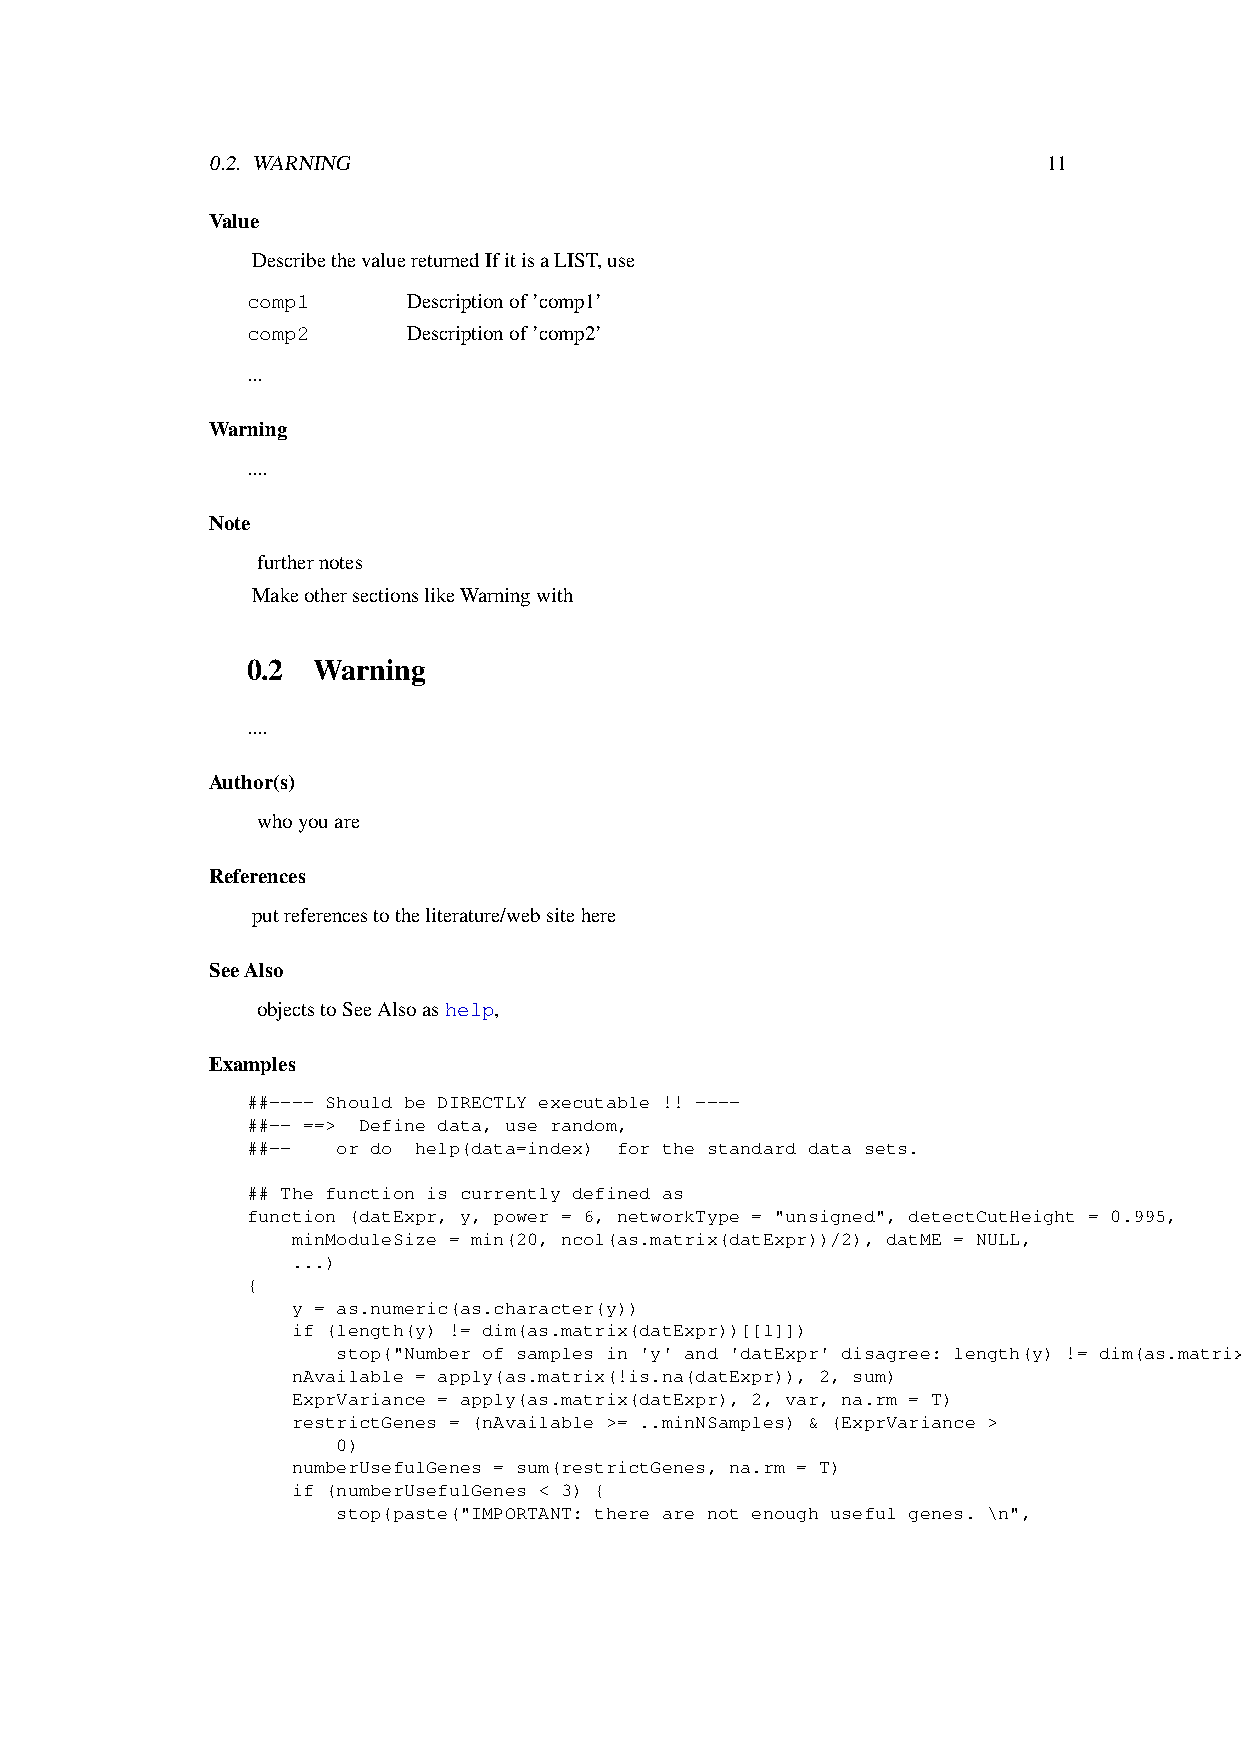
0.2. WARNING                                           11
 Value
 DescribethevaluereturnedIfitisaLIST,use
 comp1      Descriptionof’comp1’
 comp2      Descriptionof’comp2’
 ...
 Warning
 ....
 Note
 furthernotes
 MakeothersectionslikeWarningwith
 0.2  Warning
 ....
 Author(s)
 whoyouare
 References
 putreferencestotheliterature/websitehere
 SeeAlso
 objectstoSeeAlsoashelp,
 Examples
 ##---- Should be DIRECTLY executable !! ----
 ##-- ==> Define data, use random,
 ##--  or do help(data=index) for the standard data sets.
 ## The function is currently defined as
 function (datExpr, y, power = 6, networkType = "unsigned", detectCutHeight = 0.995,
 minModuleSize = min(20, ncol(as.matrix(datExpr))/2), datME = NULL,
 ...)
 {
 y = as.numeric(as.character(y))
 if (length(y) != dim(as.matrix(datExpr))[[1]])
 stop("Number of samples in 'y' and 'datExpr' disagree: length(y) != dim(as.matrix(datExpr))[[1]] ")
 nAvailable = apply(as.matrix(!is.na(datExpr)), 2, sum)
 ExprVariance = apply(as.matrix(datExpr), 2, var, na.rm = T)
 restrictGenes = (nAvailable >= ..minNSamples) & (ExprVariance >
 0)
 numberUsefulGenes = sum(restrictGenes, na.rm = T)
 if (numberUsefulGenes < 3) {
 stop(paste("IMPORTANT: there are not enough useful genes. \n",